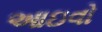
આઇવો